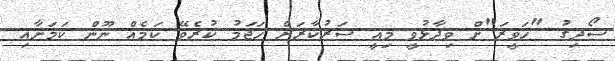
ސޯދިގު "ހަވީރަ"ށް ވިދާޅުވީ މިއީ ސަރުކާރަށް ހަޖަމު ކުރެވޭ ކަމެއް ނޫން ކަމަށާއި